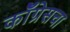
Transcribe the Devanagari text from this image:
कॉँग्रेसचा